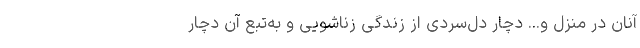
آنان در منزل و... دچار دل‌سردی از زندگی زناشویی و به‌تبع آن دچار